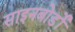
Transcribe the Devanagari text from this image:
साइनबोर्डों